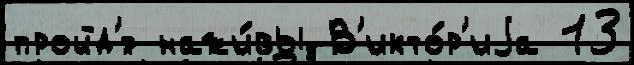
пройд'́т нажи́вы В'икто́р'иjа 13